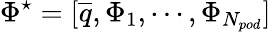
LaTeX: \Phi^{\star}=[\overline{{q}},\Phi_{1},\cdots,\Phi_{N_{pod}}]